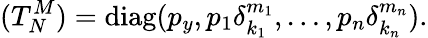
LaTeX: (T_{N}^{M})=\mathrm{diag}(p_{y},p_{1}\delta_{k_{1}}^{m_{1}},\ldots,p_{n}\delta_{k_{n}}^{m_{n}}).